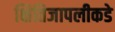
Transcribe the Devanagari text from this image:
क्षितिजापलीकडे